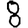
Digit: 8